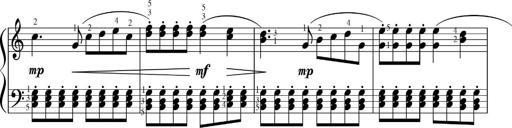
Title: Sonatinas
Composer: Andrew Violette